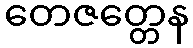
တေဇတ္တေန